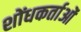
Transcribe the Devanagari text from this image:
शोंधकर्ताओं